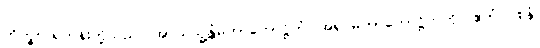
ဘိက္ခူ၊ ရဟန်းတို့သည်။ အာယသ္မန္တံမဟာကောဋ္ဌိကံ၊ အရှင်မဟာကောဋ္ဌိကကို။ ဧတံ ဝစနံ၊